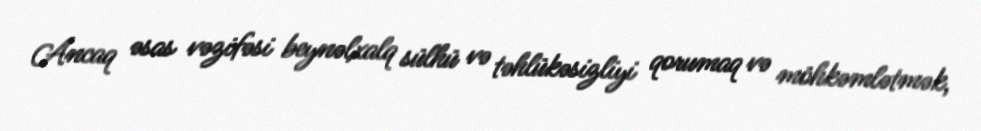
Ancaq əsas vəzifəsi beynəlxalq sülhü və təhlükəsizliyi qorumaq və möhkəmlətmək,